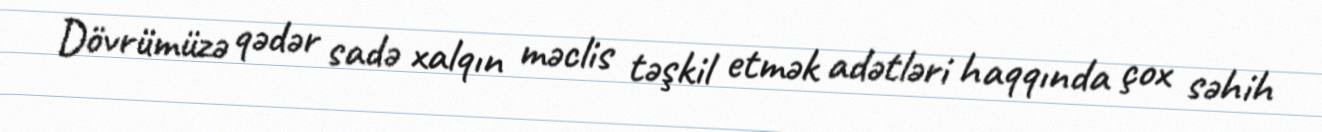
Dövrümüzə qədər sadə xalqın məclis təşkil etmək adətləri haqqında çox səhih